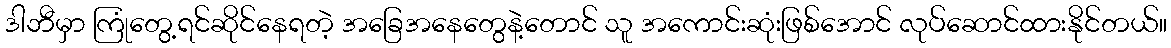
ဒါဘီမှာ ကြုံတွေ့ရင်ဆိုင်နေရတဲ့ အခြေအနေတွေနဲ့တောင် သူ အကောင်းဆုံးဖြစ်အောင် လုပ်ဆောင်ထားနိုင်တယ်။